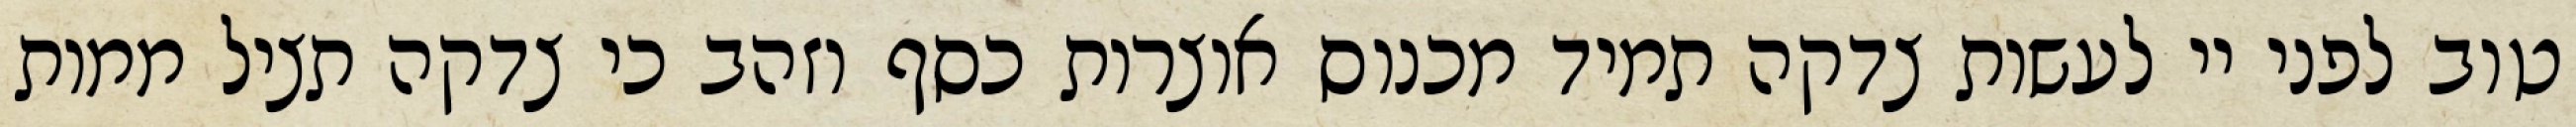
טוב לפני יי לעשות צדקה תמיד מכנוס אוצרות כסף וזהב כי צדקה תציל ממות